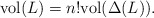
\begin{align*} \textrm{vol}(L)=n!\textrm{vol}(\Delta(L)).\end{align*}